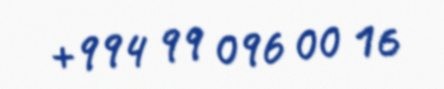
+994 99 096 00 16